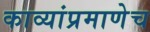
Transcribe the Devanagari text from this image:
काव्यांप्रमाणेच